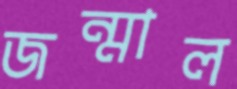
জন্মাল